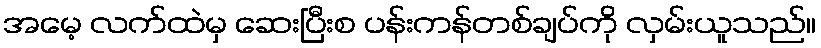
အမေ့ လက်ထဲမှ ဆေးပြီးစ ပန်းကန်တစ်ချပ်ကို လှမ်းယူသည်။